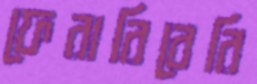
ফেরারিবেরি